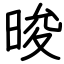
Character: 晙